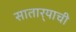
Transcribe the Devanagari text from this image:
सातार्‍याची